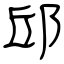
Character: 邱